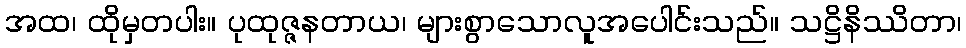
အထ၊ ထိုမှတပါး။ ပုထုဇ္ဇနတာယ၊ များစွာသောလူအပေါင်းသည်။ သဋ္ဌိနိဿိတာ၊